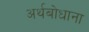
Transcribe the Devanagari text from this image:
अर्थबोधाना